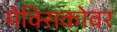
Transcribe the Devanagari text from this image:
मेक्सिकोवर